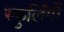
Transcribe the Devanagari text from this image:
स्फुर्लिंगों